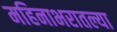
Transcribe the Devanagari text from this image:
महिनाभरातल्या